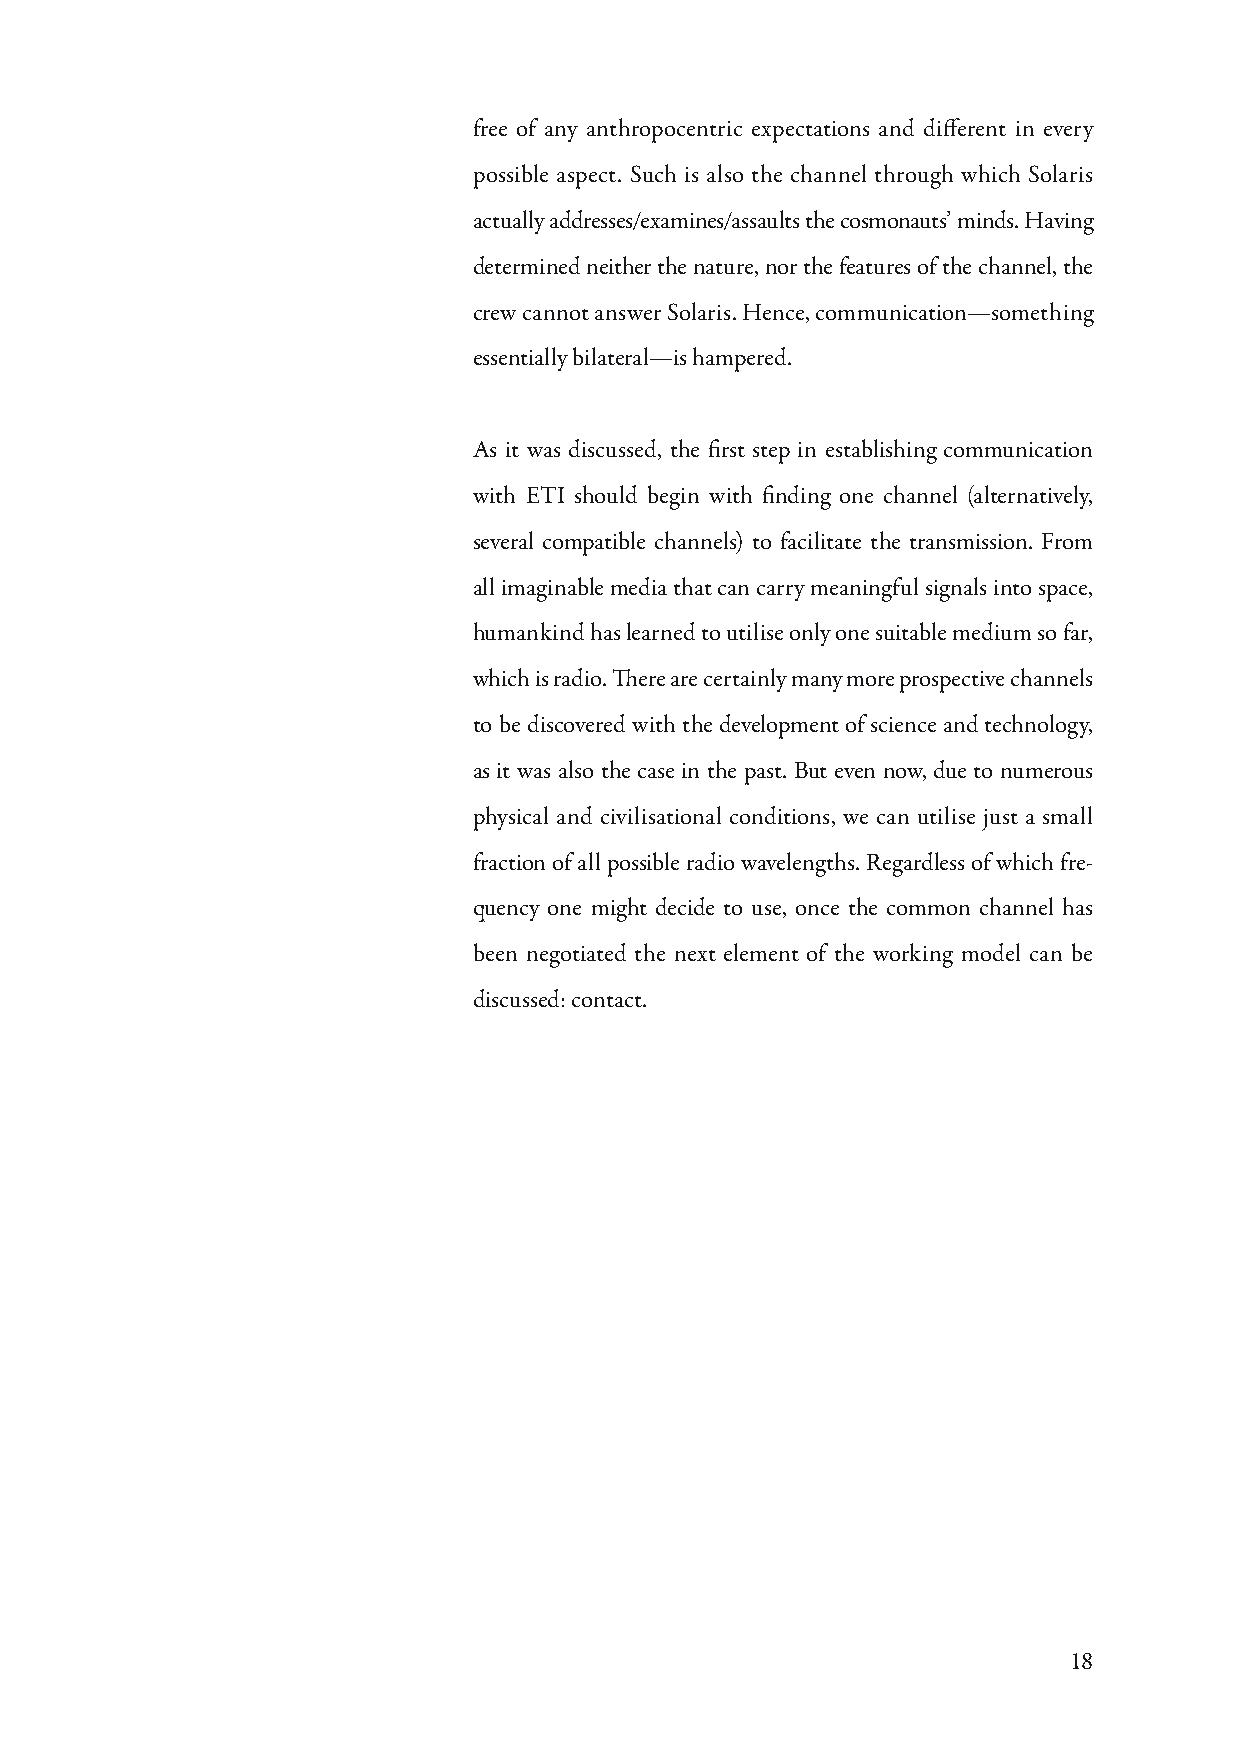
free of any anthropocentric expectations and different in every
 possible aspect. Such is also the channel through which Solaris
 actually addresses/examines/assaults the cosmonauts’ minds. Having
 determined neither the nature, nor the features of the channel, the
 crew cannot answer Solaris. Hence, communication—something
 essentially bilateral—is hampered.
 As it was discussed, the first step in establishing communication
 with ETI should begin with finding one channel (alternatively,
 several compatible channels) to facilitate the transmission. From
 all imaginable media that can carry meaningful signals into space,
 humankind has learned to utilise only one suitable medium so far,
 which is radio. There are certainly many more prospective channels
 to be discovered with the development of science and technology,
 as it was also the case in the past. But even now, due to numerous
 physical and civilisational conditions, we can utilise just a small
 fraction of all possible radio wavelengths. Regardless of which fre-
 quency one might decide to use, once the common channel has
 been negotiated the next element of the working model can be
 discussed: contact.
 18